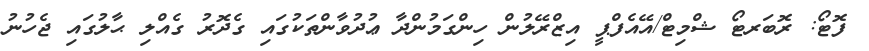
ފޮޓޯ: ރޮބަރޓޯ ޝްމިޓް/އޭއެފްޕީ އިޒްރޭލުން ހިންގަމުންދާ ޢުދުވާންތަކުގައި ގެދޮރު ގެއްލި ޙާލުގައި ޖެހުނު